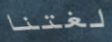
لغتنا